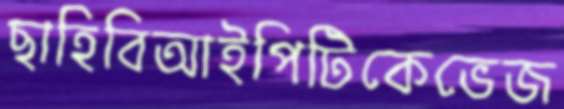
ছাহিবিআইপিটিকেভেজ